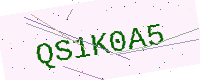
Text: QS1K0A5